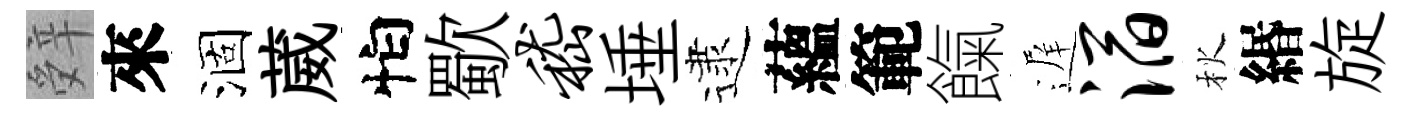
辤來涸葳怕歜嵇埵逮蘊範餼遅滔秋緡旋